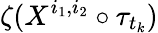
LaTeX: \zeta(X^{i_{1},i_{2}}\circ\tau_{t_{k}})